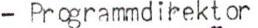
- Programmdirektor